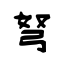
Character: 弩